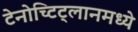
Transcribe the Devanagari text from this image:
टेनोच्टिट्लानमध्ये